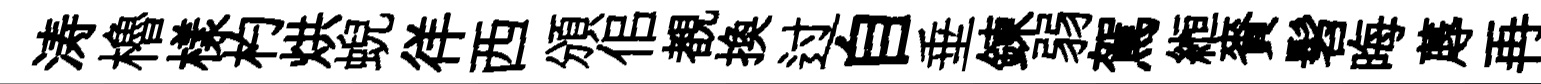
涛櫓樣杓烘蜺徉西頒佀覩换过自垂鍊弱駕縆賚髫晦蓐再